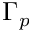
\Gamma _ { p }